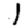
Digit: 1